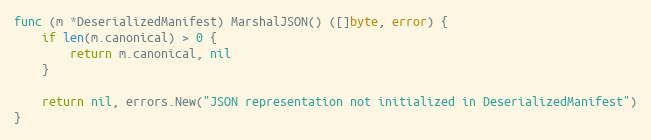
Language: Go
func (m *DeserializedManifest) MarshalJSON() ([]byte, error) {
	if len(m.canonical) > 0 {
		return m.canonical, nil
	}

	return nil, errors.New("JSON representation not initialized in DeserializedManifest")
}